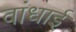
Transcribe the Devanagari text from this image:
वांधाई